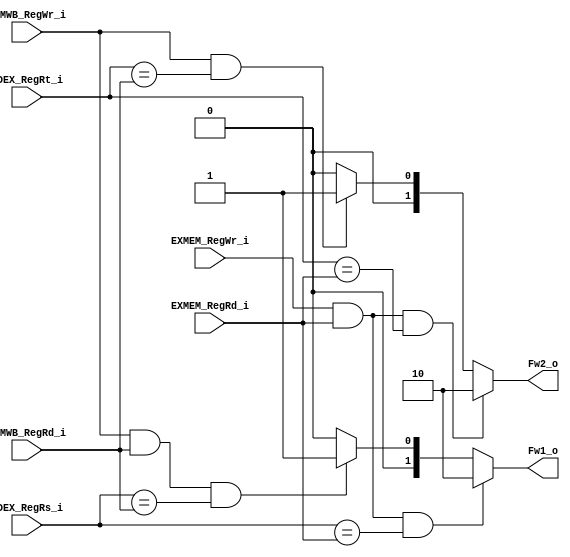
module FWD
(
	IDEX_RegRs_i,
	IDEX_RegRt_i,
	EXMEM_RegRd_i,
	EXMEM_RegWr_i,
	MEMWB_RegRd_i,
	MEMWB_RegWr_i,
	Fw1_o,
	Fw2_o
);

// Ports
input	[4:0] 		IDEX_RegRs_i;
input	[4:0]		IDEX_RegRt_i;
input	[4:0]		EXMEM_RegRd_i;
input			EXMEM_RegWr_i;
input	[4:0]		MEMWB_RegRd_i;
input			MEMWB_RegWr_i;
output	[1:0]		Fw1_o;
output	[1:0]		Fw2_o;

// Wires & Registers
reg	[1:0]		Fw1_o;
reg	[1:0]		Fw2_o;

always@(*) begin
//	$display("[FWD]IDEX_RegRs_i = %b, IDEX_RegRt_i = %b\n", IDEX_RegRs_i, IDEX_RegRt_i);
//	$display("[FWD]EXMEM_RegRd_i = %b, EXMEM_RegWr_i = %b\n", EXMEM_RegRd_i, EXMEM_RegWr_i);
//	$display("[FWD]MEMWB_RegRd_i = %b, MEMWB_RegWr_i = %b\n", MEMWB_RegRd_i, MEMWB_RegWr_i);
	
	if (EXMEM_RegWr_i && EXMEM_RegRd_i && IDEX_RegRs_i == EXMEM_RegRd_i) // from ALU, to Rs
		Fw1_o = 2'b10;
	else if (MEMWB_RegWr_i && MEMWB_RegRd_i && IDEX_RegRs_i == MEMWB_RegRd_i) // from DM, to Rs
		Fw1_o = 2'b01;
	else
		Fw1_o = 2'b00;

	if (EXMEM_RegWr_i && EXMEM_RegRd_i && IDEX_RegRt_i == EXMEM_RegRd_i) // from ALU, to Rt
		Fw2_o = 2'b10;
	else if (MEMWB_RegWr_i && MEMWB_RegWr_i && IDEX_RegRt_i == MEMWB_RegRd_i) // from DM, to Rt
		Fw2_o = 2'b01;
	else
		Fw2_o = 2'b00;	
end

endmodule